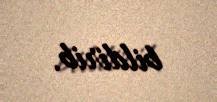
bildirib.